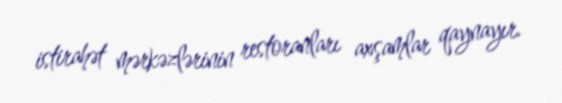
istirahət mərkəzlərinin restoranları axşamlar qaynayır.